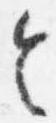
令